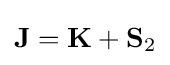
\mathbf {J} =\mathbf {K} +\mathbf {S} _{2}